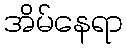
အိမ်နေရာ